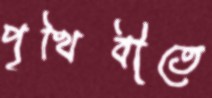
পৃথিবীতে